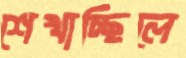
শেখাচ্ছিলে